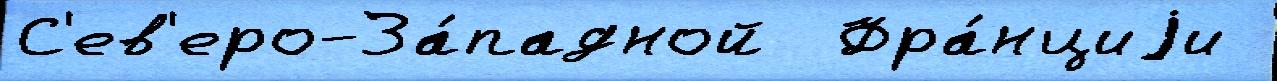
С'ев'еро-За́падной  Фра́нциjи